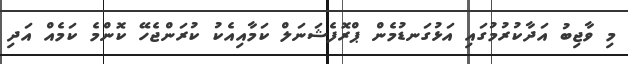
މި ވާޖިބު އަދާކުރުމުގައި އަޅުގަނޑުމެން ޕްރޮފެޝަނަލް ކަމާއިއެކު ކުރަންޖެހޭ ކޮންމެ ކަމެއް އަދި